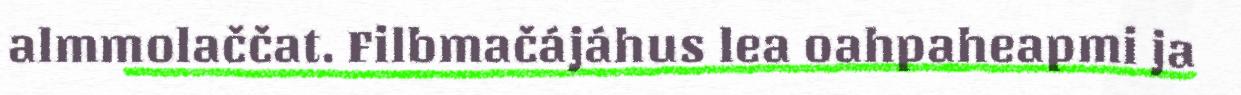
almmolaččat. Filbmačájáhus lea oahpaheapmi ja